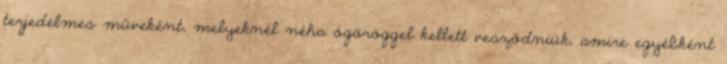
terjedelmes műveként, melyeknél néha ógöröggel kellett vesződniük, amire egyébként